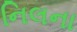
નિલના